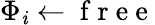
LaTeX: {\Phi_{\mathit{i}}}\gets\mathrm{{~f~r~e~e~}}